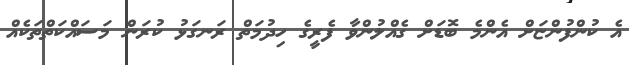
އެ ކުންފުންޏަށް އެންމެ ބޮޑަށް ގެއްލުންވާ ފެރީގެ ހިދުމަތް ރަނގަޅު ކުރަން މަސައްކަތްތަކެއް